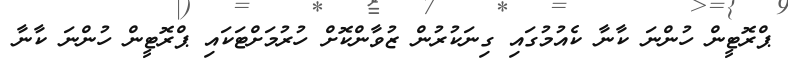
ޕްރޮޓީން ހުންނަ ކާނާ ކެއުމުގައި ގިނަކުރުން ޒުވާންކޮށް ހުރުމަށްޓަކައި ޕްރޮޓީން ހުންނަ ކާނާ